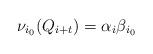
LaTeX: \begin{align*}\nu_{i_0}(Q_{i+t})=\alpha_i\beta_{i_0}\end{align*}